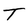
Character: T